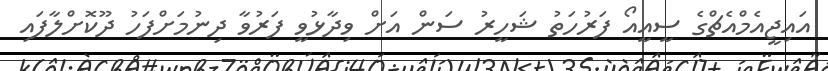
އައިޖީއެމްއެޗްގެ ސީއީއޯ ފަރުހަތު ޝަހީރު ސަން އަށް ވިދާޅުވީ ފަރުވާ ދިނުމަށްފަހު ދޫކޮށްލާފައި